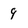
Character: 9